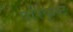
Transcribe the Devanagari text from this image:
परिकृष्ट